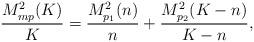
LaTeX: \begin{align*}\frac{M^2_{mp}(K)}{K}=\frac{M^2_{p_1}(n)}{n}+\frac{M^2_{p_2}(K-n)}{K-n},\end{align*}